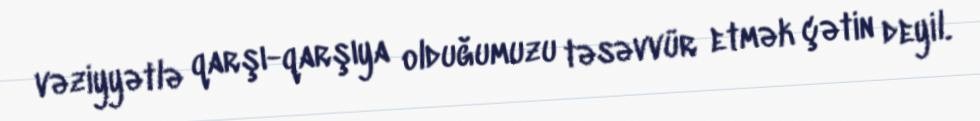
vəziyyətlə qarşı-qarşıya olduğumuzu təsəvvür etmək çətin deyil.